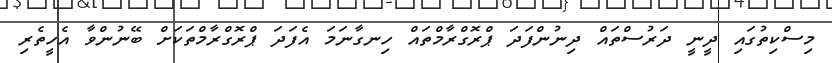
މިސްކިތުގައި ދީނީ ދަރުސްތައް ދިނުންފަދަ ޕްރޮގްރާމްތައް ހިނގާނަމަ އެފަދަ ޕްރޮގްރާމްތަކަށް ބޭނުންވާ އެހީތެރި